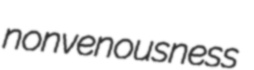
nonvenousness